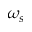
\omega _ { s }